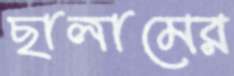
ছালামের